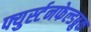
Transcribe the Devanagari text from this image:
फ्युर्स्टनफेल्डब्रुक